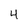
Character: 4